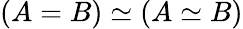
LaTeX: (A=B)\simeq(A\simeq B)